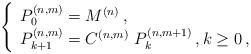
LaTeX: \begin{align*} \left \{ \begin{array}{l}P^{(n,m)}_0 = M^{(n)} \,,\\P^{(n,m)}_{k+1} = C^{(n,m)} \ P^{(n,m+1)}_k\,, k \ge 0\,,\end{array} \right.\end{align*}